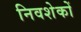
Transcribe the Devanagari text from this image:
निवशेकों